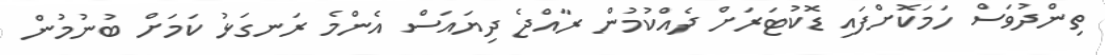
ތިންދުވަސް ހަމަކޮށްފައި ޑޮކުޓަރަށް ދެއްކުމުން ރާއްޖެ ދިޔައަސް އެންމެ ރަނގަޅު ކަމަށް ބުނުމުން